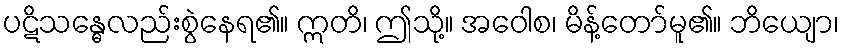
ပဋိသန္ဓေလည်းစွဲနေရ၏။ ဣတိ၊ ဤသို့။ အဝေါစ၊ မိန့်တော်မူ၏။ ဘိယျော၊